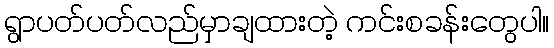
ရွာပတ်ပတ်လည်မှာချထားတဲ့ ကင်းစခန်းတွေပါ။